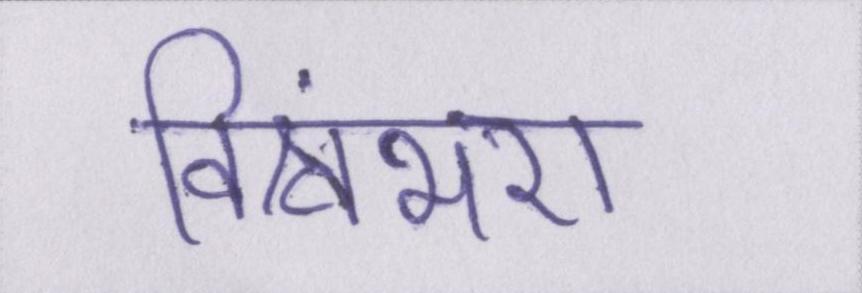
विश्वंभरा